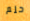
حلم